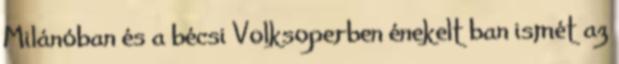
Milánóban és a bécsi Volksoperben énekelt ban ismét az